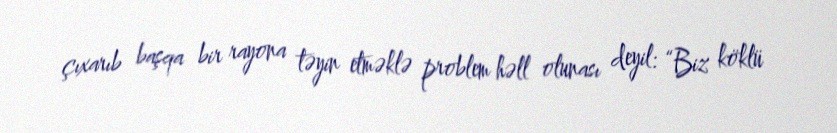
çıxarıb başqa bir rayona təyin etməklə problem həll olunası deyil: “Biz köklü